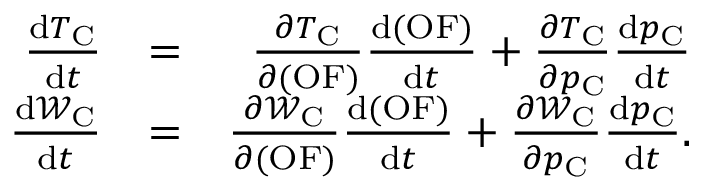
\begin{array} { r l r } { \frac { \mathrm { d } T _ { \mathrm { C } } } { \mathrm { d } t } } & { = } & { \frac { \partial T _ { \mathrm { C } } } { \partial ( \mathrm { O F } ) } \frac { \mathrm { d } ( \mathrm { O F } ) } { \mathrm { d } t } + \frac { \partial T _ { \mathrm { C } } } { \partial p _ { \mathrm { C } } } \frac { \mathrm { d } p _ { \mathrm { C } } } { \mathrm { d } t } } \\ { \frac { \mathrm { d } \mathcal { W } _ { \mathrm { C } } } { \mathrm { d } t } } & { = } & { \frac { \partial \mathcal { W } _ { \mathrm { C } } } { \partial ( \mathrm { O F } ) } \frac { \mathrm { d } ( \mathrm { O F } ) } { \mathrm { d } t } + \frac { \partial \mathcal { W } _ { \mathrm { C } } } { \partial p _ { \mathrm { C } } } \frac { \mathrm { d } p _ { \mathrm { C } } } { \mathrm { d } t } . } \end{array}